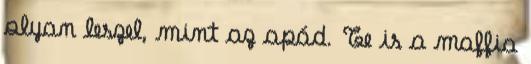
olyan leszel, mint az apád. Te is a maffia